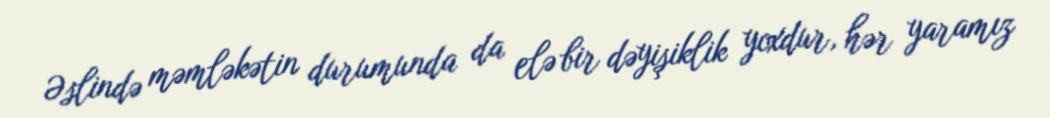
Əslində məmləkətin durumunda da elə bir dəyişiklik yoxdur, hər yaramız